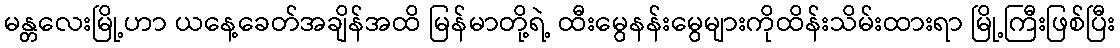
မန္တလေးမြို့ဟာ ယနေ့ခေတ်အချိန်အထိ မြန်မာတို့ရဲ့ ထီးမွေနန်းမွေများကိုထိန်းသိမ်းထားရာ မြို့ကြီးဖြစ်ပြီး